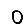
Digit: 0